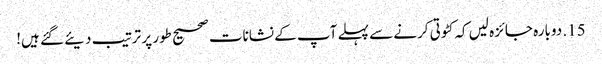
15. دوبارہ جائزہ لیں کہ کٹوتی کرنے سے پہلے آپ کے نشانات صحیح طور پر ترتیب دیئے گئے ہیں!